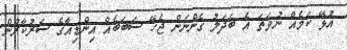
އުޅޭ ކަމެއް ނުވަތަ އެ ބަދަލު ގެންނަން ޖެހޭ ސަބަބެއް އިންޑިއާގެ ސަރުކާރުން